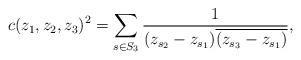
\begin{align*}c(z_1,z_2,z_3)^2= \sum_{s \in S_3} \frac{1}{(z_{s_2}-z_{s_1})\overline{(z_{s_3}-z_{s_1})}},\end{align*}